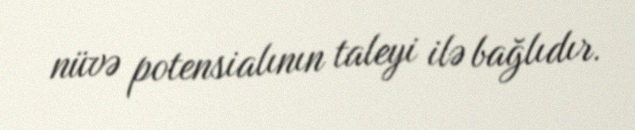
nüvə potensialının taleyi ilə bağlıdır.